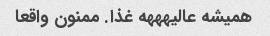
همیشه عالیهههه غذا. ممنون واقعا